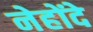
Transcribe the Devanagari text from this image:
नेहोंदे